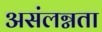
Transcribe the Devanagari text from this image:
असंलग्नता